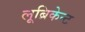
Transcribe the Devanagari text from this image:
लूब्रिकेन्ट